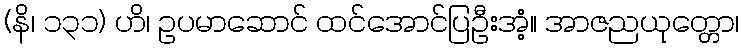
(နိ၊ ၁၃၁) ဟိ၊ ဥပမာဆောင် ထင်အောင်ပြဦးအံ့။ အာဇညယုတ္တော၊